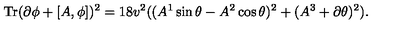
\mathrm { T r } ( \partial \phi + [ A , \phi ] ) ^ { 2 } = 1 8 v ^ { 2 } ( ( A ^ { 1 } \sin \theta - A ^ { 2 } \cos \theta ) ^ { 2 } + ( A ^ { 3 } + \partial \theta ) ^ { 2 } ) .